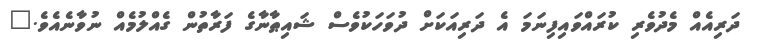
ދަރިއެއް މެދުވެރި ކުރައްވައިފިނަމަ އެ ދަރިއަކަށް ދުވަހަކުވެސް ޝައިޠާނާގެ ފަރާތުން ގެއްލުމެއް ނުވާނެއެވެ."